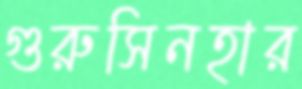
গুরুসিনহার